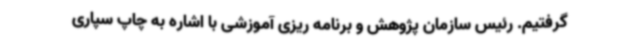
گرفتیم. رئیس سازمان پژوهش و برنامه ریزی آموزشی با اشاره به چاپ سپاری